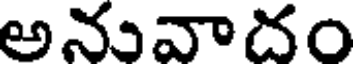
అనువాదం